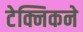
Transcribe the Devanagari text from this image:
टेक्निकने